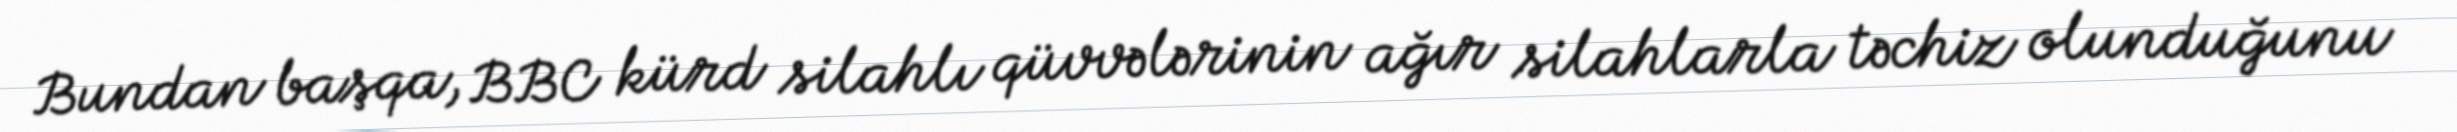
Bundan başqa, BBC kürd silahlı qüvvələrinin ağır silahlarla təchiz olunduğunu